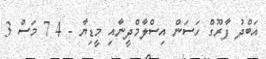
އަބްދު ފާރޫގް ހަސަން އިސްލާމްދީނާއި މީޑިޔާ - 4 7 މަސް 3